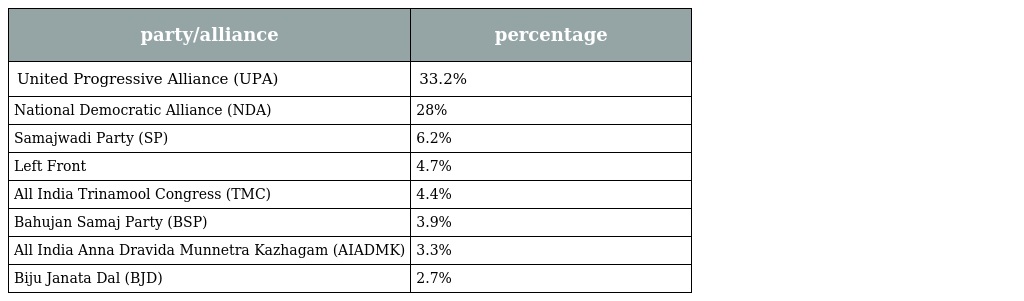
| party/alliance | percentage |
 | --- | --- |
 | United Progressive Alliance (UPA) | 33.2% |
 | National Democratic Alliance (NDA) | 28% |
 | Samajwadi Party (SP) | 6.2% |
 | Left Front | 4.7% |
 | All India Trinamool Congress (TMC) | 4.4% |
 | Bahujan Samaj Party (BSP) | 3.9% |
 | All India Anna Dravida Munnetra Kazhagam (AIADMK) | 3.3% |
 | Biju Janata Dal (BJD) | 2.7% |